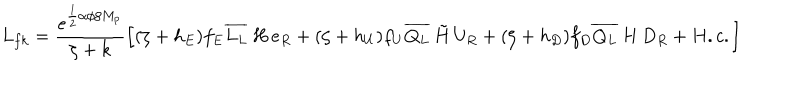
L _ { f k } = \frac { e ^ { \frac { 1 } { 2 } \alpha \phi / M _ { p } } } { \zeta + k } \left[ ( \zeta + h _ { E } ) f _ { E } \overline { { { L _ { L } } } } \, H \, e _ { R } + ( \zeta + h _ { U } ) f _ { U } \overline { { { Q _ { L } } } } \, \tilde { H } \, U _ { R } + ( \zeta + h _ { D } ) f _ { D } \overline { { { Q _ { L } } } } \, H \, D _ { R } + H . c . \right]